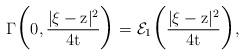
LaTeX: \begin{align*}\Large{\Gamma}\Big(0,\frac{|\xi-\mathrm{z}|^2}{4\mathrm{t}}\Big) = \mathcal{E}_1\Big(\frac{|\xi-\mathrm{z}|^2}{4\mathrm{t}}\Big),\end{align*}